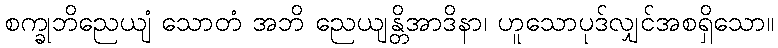
စက္ခုဘိညေယျံ သောတံ အဘိ ညေယျန္တိအာဒိနာ၊ ဟူသောပုဒ်လျှင်အစရှိသော။